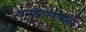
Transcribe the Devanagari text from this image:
वन्यप्राण्यांसाठी